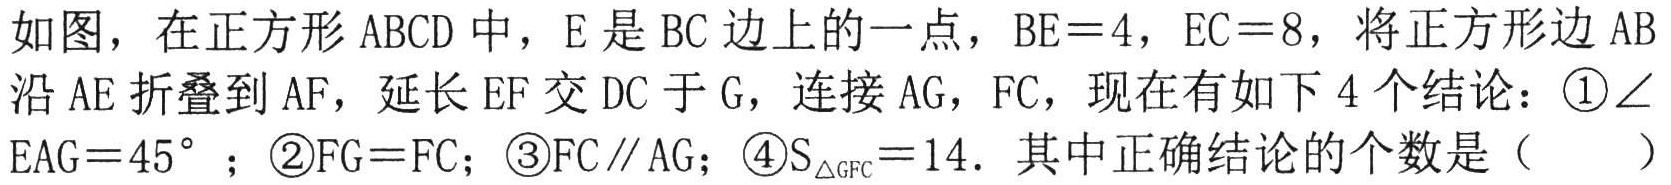
如图，在正方形 \(ABCD\) 中，\(E\) 是 \(BC\) 边上的一点，\(BE = 4\)，\(EC = 8\)，将正方形边 \(AB\) 沿 \(AE\) 折叠到 \(AF\)，延长 \(EF\) 交 \(DC\) 于 \(G\)，连接 \(AG\)，\(FC\)，现在有如下 \(4\) 个结论：\textcircled{1}\(\angle EAG = 45^{\circ}\) ；\textcircled{2}\(FG = FC\)；\textcircled{3}\(FC\parallel AG\)；\textcircled{4}\(S_{\triangle GFC}=14\)．其中正确结论的个数是（  ）